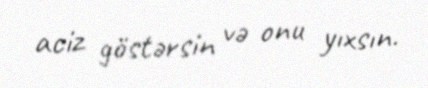
aciz göstərsin və onu yıxsın.